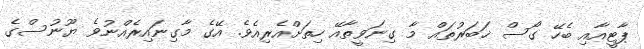
ޕާޓީއާއި ބެހޭ ގޯސް ޚަބަރުތައް މާ ގިނަވީތާއޭ ހިތަށްއެރިއެވެ. އޭގެ މާގިނައިރެއްނުވެ ޔޫނުސްގެ